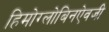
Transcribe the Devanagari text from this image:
हिमोग्लोबिनऐवजी